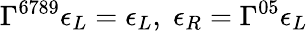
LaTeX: \Gamma^{6789}\epsilon_{L}=\epsilon_{L},\; \epsilon_{R}=\Gamma^{05}\epsilon_{L}